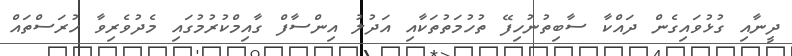
ދީނާއި ގުޅުވައިގެން ދައްކާ ސާބިތުނުހިފޭ ތުހުމަތުތަކާއި އަދުލު އިންސާފް ގާއިމްކުރުމުގައި މެދުވެރިވާ ހުރަސްތައް